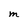
Character: M